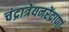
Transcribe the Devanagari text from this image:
चंद्रात्रेयनरेंद्राणां